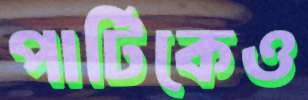
পার্টিকেও